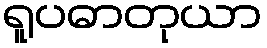
ရူပဓာတုယာ